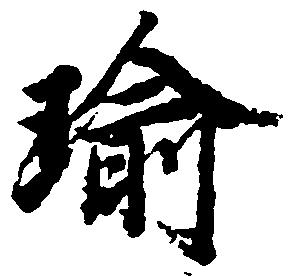
瑜